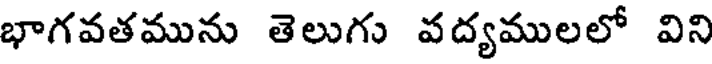
భాగవతమును తెలుగు వద్యములలో విని